Indian journal of veterinary science and animal husbandry - Volume 9,
Year: 1939
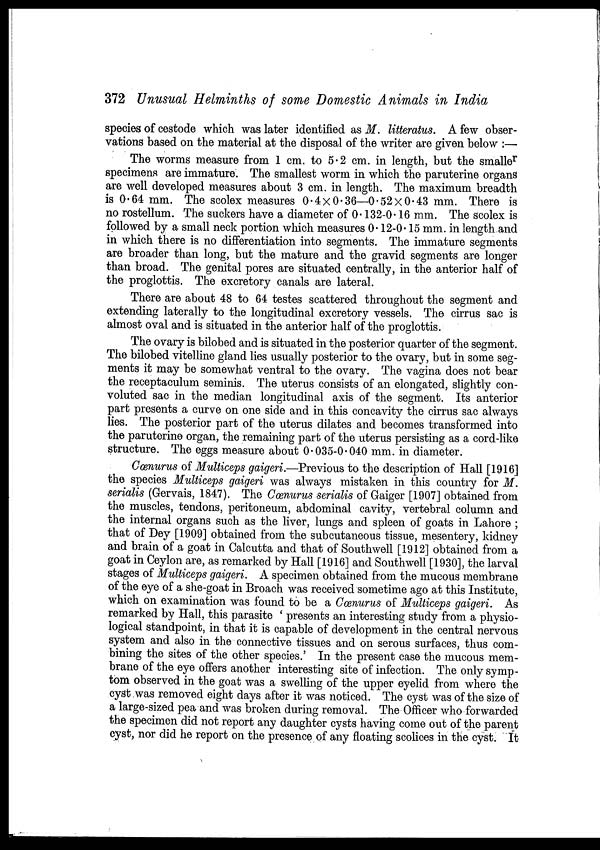
372 Unusual Helminths of some Domestic Animals in India
species of cestode which was later identified as M. litteratus. A few obser-
vations based on the material at the disposal of the writer are given below :—
The worms measure from 1 cm. to 5.2 cm. in length, but the smaller
specimens are immature. The smallest worm in which the paruterine organs
are well developed measures about 3 cm. in length. The maximum breadth
is 0.64 mm. The scolex measures 0.4×0.36—0.52 × 0.43 mm. There is
no rostellum. The suckers have a diameter of 0.132-0.16 mm. The scolex is
followed by a small neck portion which measures 0.12-0.15 mm. in length and
in which there is no differentiation into segments. The immature segments
are broader than long, but the mature and the gravid segments are longer
than broad. The genital pores are situated centrally, in the anterior half of
the proglottis. The excretory canals are lateral.
There are about 48 to 64 testes scattered throughout the segment and
extending laterally to the longitudinal excretory vessels. The cirrus sac is
almost oval and is situated in the anterior half of the proglottis.
The ovary is bilobed and is situated in the posterior quarter of the segment.
The bilobed vitelline gland lies usually posterior to the ovary, but in some seg-
ments it may be somewhat ventral to the ovary. The vagina does not bear
the receptaculum seminis. The uterus consists of an elongated, slightly con-
voluted sac in the median longitudinal axis of the segment. Its anterior
part presents a curve on one side and in this concavity the cirrus sac always
lies. The posterior part of the uterus dilates and becomes transformed into
the paruterine organ, the remaining part of the uterus persisting as a cord-like
structure. The eggs measure about 0.035-0.040 mm. in diameter.
Cœnurus of Multiceps gaigeri.—Previous to the description of Hall [1916]
the species Multiceps gaigeri was always mistaken in this country for M.
serialis (Gervais, 1847). The Cœnurus serialis of Gaiger [1907] obtained from
the muscles, tendons, peritoneum, abdominal cavity, vertebral column and
the internal organs such as the liver, lungs and spleen of goats in Lahore ;
that of Dey [1909] obtained from the subcutaneous tissue, mesentery, kidney
and brain of a goat in Calcutta and that of Southwell [1912] obtained from a
goat in Ceylon are, as remarked by Hall [1916] and Southwell [1930], the larval
stages of Multiceps gaigeri. A specimen obtained from the mucous membrane
of the eye of a she-goat in Broach was received sometime ago at this Institute,
which on examination was found to be a Cœnurus of Multiceps gaigeri. As
remarked by Hall, this parasite ' presents an interesting study from a physio-
logical standpoint, in that it is capable of development in the central nervous
system and also in the connective tissues and on serous surfaces, thus com-
bining the sites of the other species.' In the present case the mucous mem-
brane of the eye offers another interesting site of infection. The only symp-
tom observed in the goat was a swelling of the upper eyelid from where the
cyst was removed eight days after it was noticed. The cyst was of the size of
a large-sized pea and was broken during removal. The Officer who forwarded
the specimen did not report any daughter cysts having come out of the parent
cyst, nor did he report on the presence of any floating scolices in the cyst. It